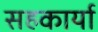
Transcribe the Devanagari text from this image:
सहकार्या